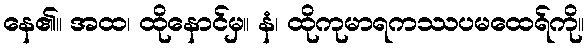
နေ၏။ အထ၊ ထိုနောင်မှ။ နံ၊ ထိုကုမာရကဿပမထေရ်ကို။